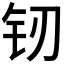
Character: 𲇰